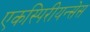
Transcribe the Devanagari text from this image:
एकस्पिरीयन्सेस